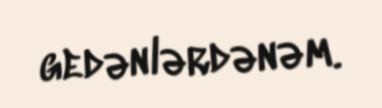
gedənlərdənəm.